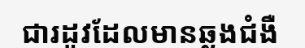
ជារដូវដែលមានឆ្លងជំងឺ